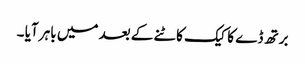
برتھ ڈے کا کیک کاٹنے کے بعد میں باہر آیا ۔